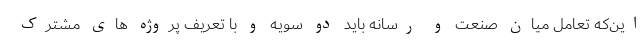
این‌که تعامل میان صنعت و رسانه باید دو سویه و با تعریف پروژه های مشترک